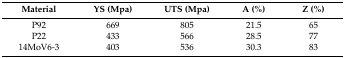
| Material | YS (Mpa) | UTS (Mpa) | A (%) | Z (%) |
 | --- | --- | --- | --- | --- |
 | P92 | 669 | 805 | 21.5 | 65 |
 | P22 | 433 | 566 | 28.5 | 77 |
 | 14MoV6-3 | 403 | 536 | 30.3 | 83 |